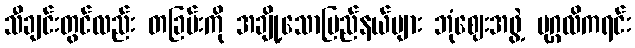
သီချင်းတွင်လည်း တခြမ်းကို အချို့သောပြည်နယ်များ ဘုံဈေးအဖွဲ့ ပုဂ္ဂလိကရင်း